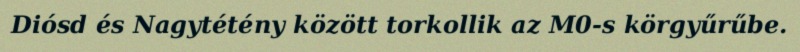
Diósd és Nagytétény között torkollik az M0-s körgyűrűbe.